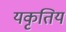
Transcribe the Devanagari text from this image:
यकृतिय